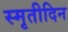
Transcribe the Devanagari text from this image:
स्मृतीदिन